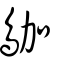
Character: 𪀁